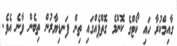
ގާއިމްކުރާ ހައި ކޯޓްގެ ކޮންމެ ގޮތްޕެއްގައި ތިން ފަނޑިޔާރުން ތިބެން ވާނެ އެވެ.